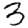
Digit: 3